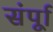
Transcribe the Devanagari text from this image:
संर्पूा